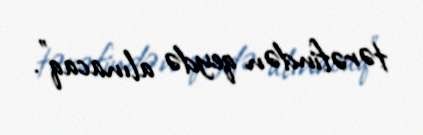
tərəfindən qeydə alınacaq”.